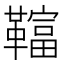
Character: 𩍏